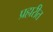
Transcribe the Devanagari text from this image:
प्रहारीत